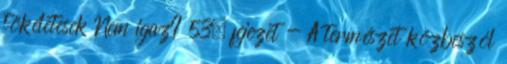
tökéletesek Nem igaz? 53. fejezet - A természet közbeszól